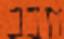
חבב